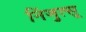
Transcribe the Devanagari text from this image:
निंजुत्सू